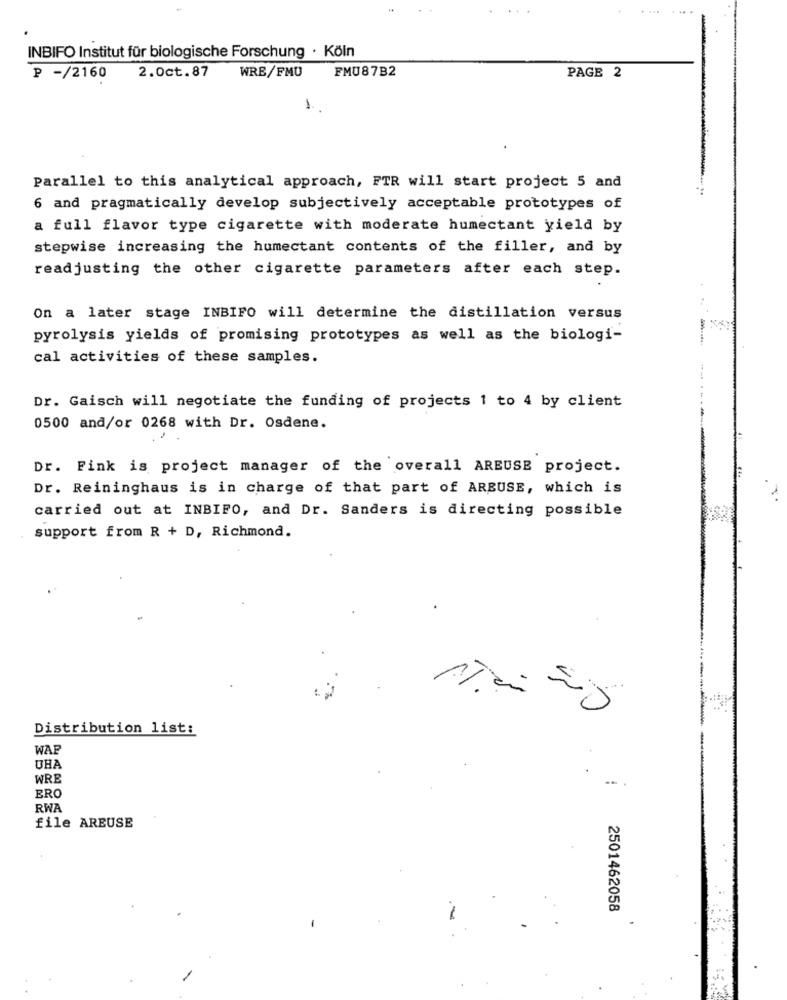
INBIFO Institut für biologische Forschung · Köln
WRE/FMU
FMU87B2
P -/2160
2.0ct.87
PAGE 2
1.
Parallel to this analytical approach, FTR will start project 5 and
6 and pragmatically develop subjectively acceptable prototypes of
a full flavor type cigarette with moderate humectant yield by
stepwise increasing the humectant contents of the filler, and by
readjusting the other cigarette parameters after each step.
On a later stage INBIFO will determine the distillation versus
pyrolysis yields of promising prototypes as well as the biologi-
cal activities of these samples.
Dr. Gaisch will negotiate the funding of projects 1 to 4 by client
0500 and/or 0268 with Dr. Osdene.
Dr. Fink is project manager of the overall AREUSE project.
Dr. Reininghaus is in charge of that part of ARBUSE, which is
carried out at INBIFO, and Dr. Sanders is directing possible
support from R + D, Richmond.
Distribution list:
WAP
UHA
WRE
--
ERO
RWA
file AREUSE
2501462058